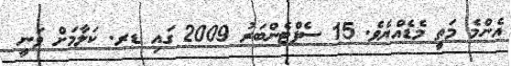
އެންމެ މަތީ މެޑެއްޔެވެ. 15 ސެޕްޓެންބަރު 2009 ގައި ޑރ. ކަލާމަށް ވަނީ